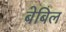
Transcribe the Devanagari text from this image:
बेबिल